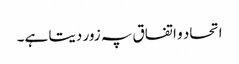
اتحاد و اتفاق پہ زور دیتا ہے۔